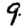
Digit: 9